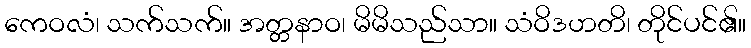
ကေဝလံ၊ သက်သက်။ အတ္တနာဝ၊ မိမိသည်သာ။ သံဝိဒဟတိ၊ တိုင်ပင်၏။